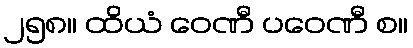
၂၅၈။ ထိယံ ဝေဏီ ပဝေဏီ စ။